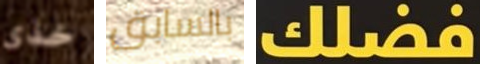
خذى بالسابق فضلك